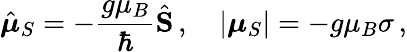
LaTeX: {\hat{\boldsymbol{\mu}}}_{S}=-{\frac{g\mu_{B}}{\hbar}}{\hat{\mathbf{S}}}\, ,\quad\left|{\boldsymbol{\mu}}_{S}\right|=-g\mu_{B}\sigma\, ,